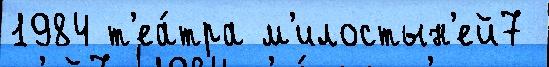
1984 т'еа́тра м'илостын'ей7